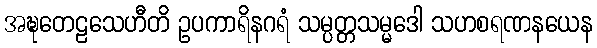
အဍ္ဎတေဠသေဟီတိ ဥပကာရိနဂရံ သမ္ပတ္တသမ္မဒေါ သဟစရဏနယေန